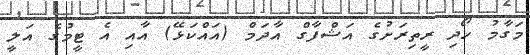
މަގާމު ހޯދި ރީތިރަށުގެ އަޝްފާގް އާދަމް (އައްކަޅޭ) އާއި އެ ޓީމުގެ އަލީ